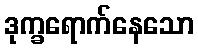
ဒုက္ခရောက်နေသော